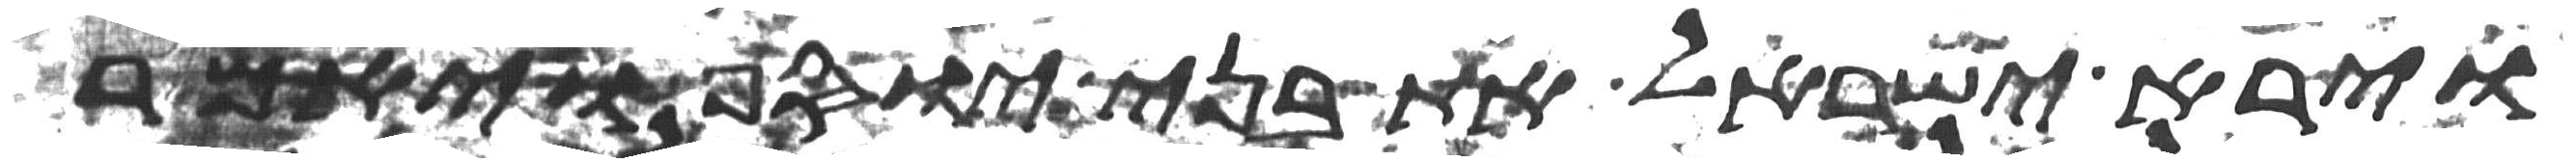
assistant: וירא ישראל את בני יוסף ויאמר